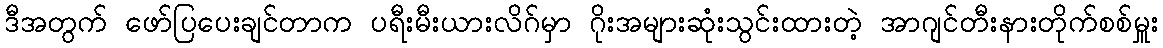
ဒီအတွက် ဖော်ပြပေးချင်တာက ပရီးမီးယားလိဂ်မှာ ဂိုးအများဆုံးသွင်းထားတဲ့ အာဂျင်တီးနားတိုက်စစ်မှူး